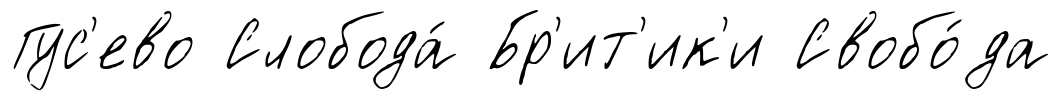
Гус'ево Слобода́ Бр'ит'ик'и Свобо́да